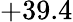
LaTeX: +39.4